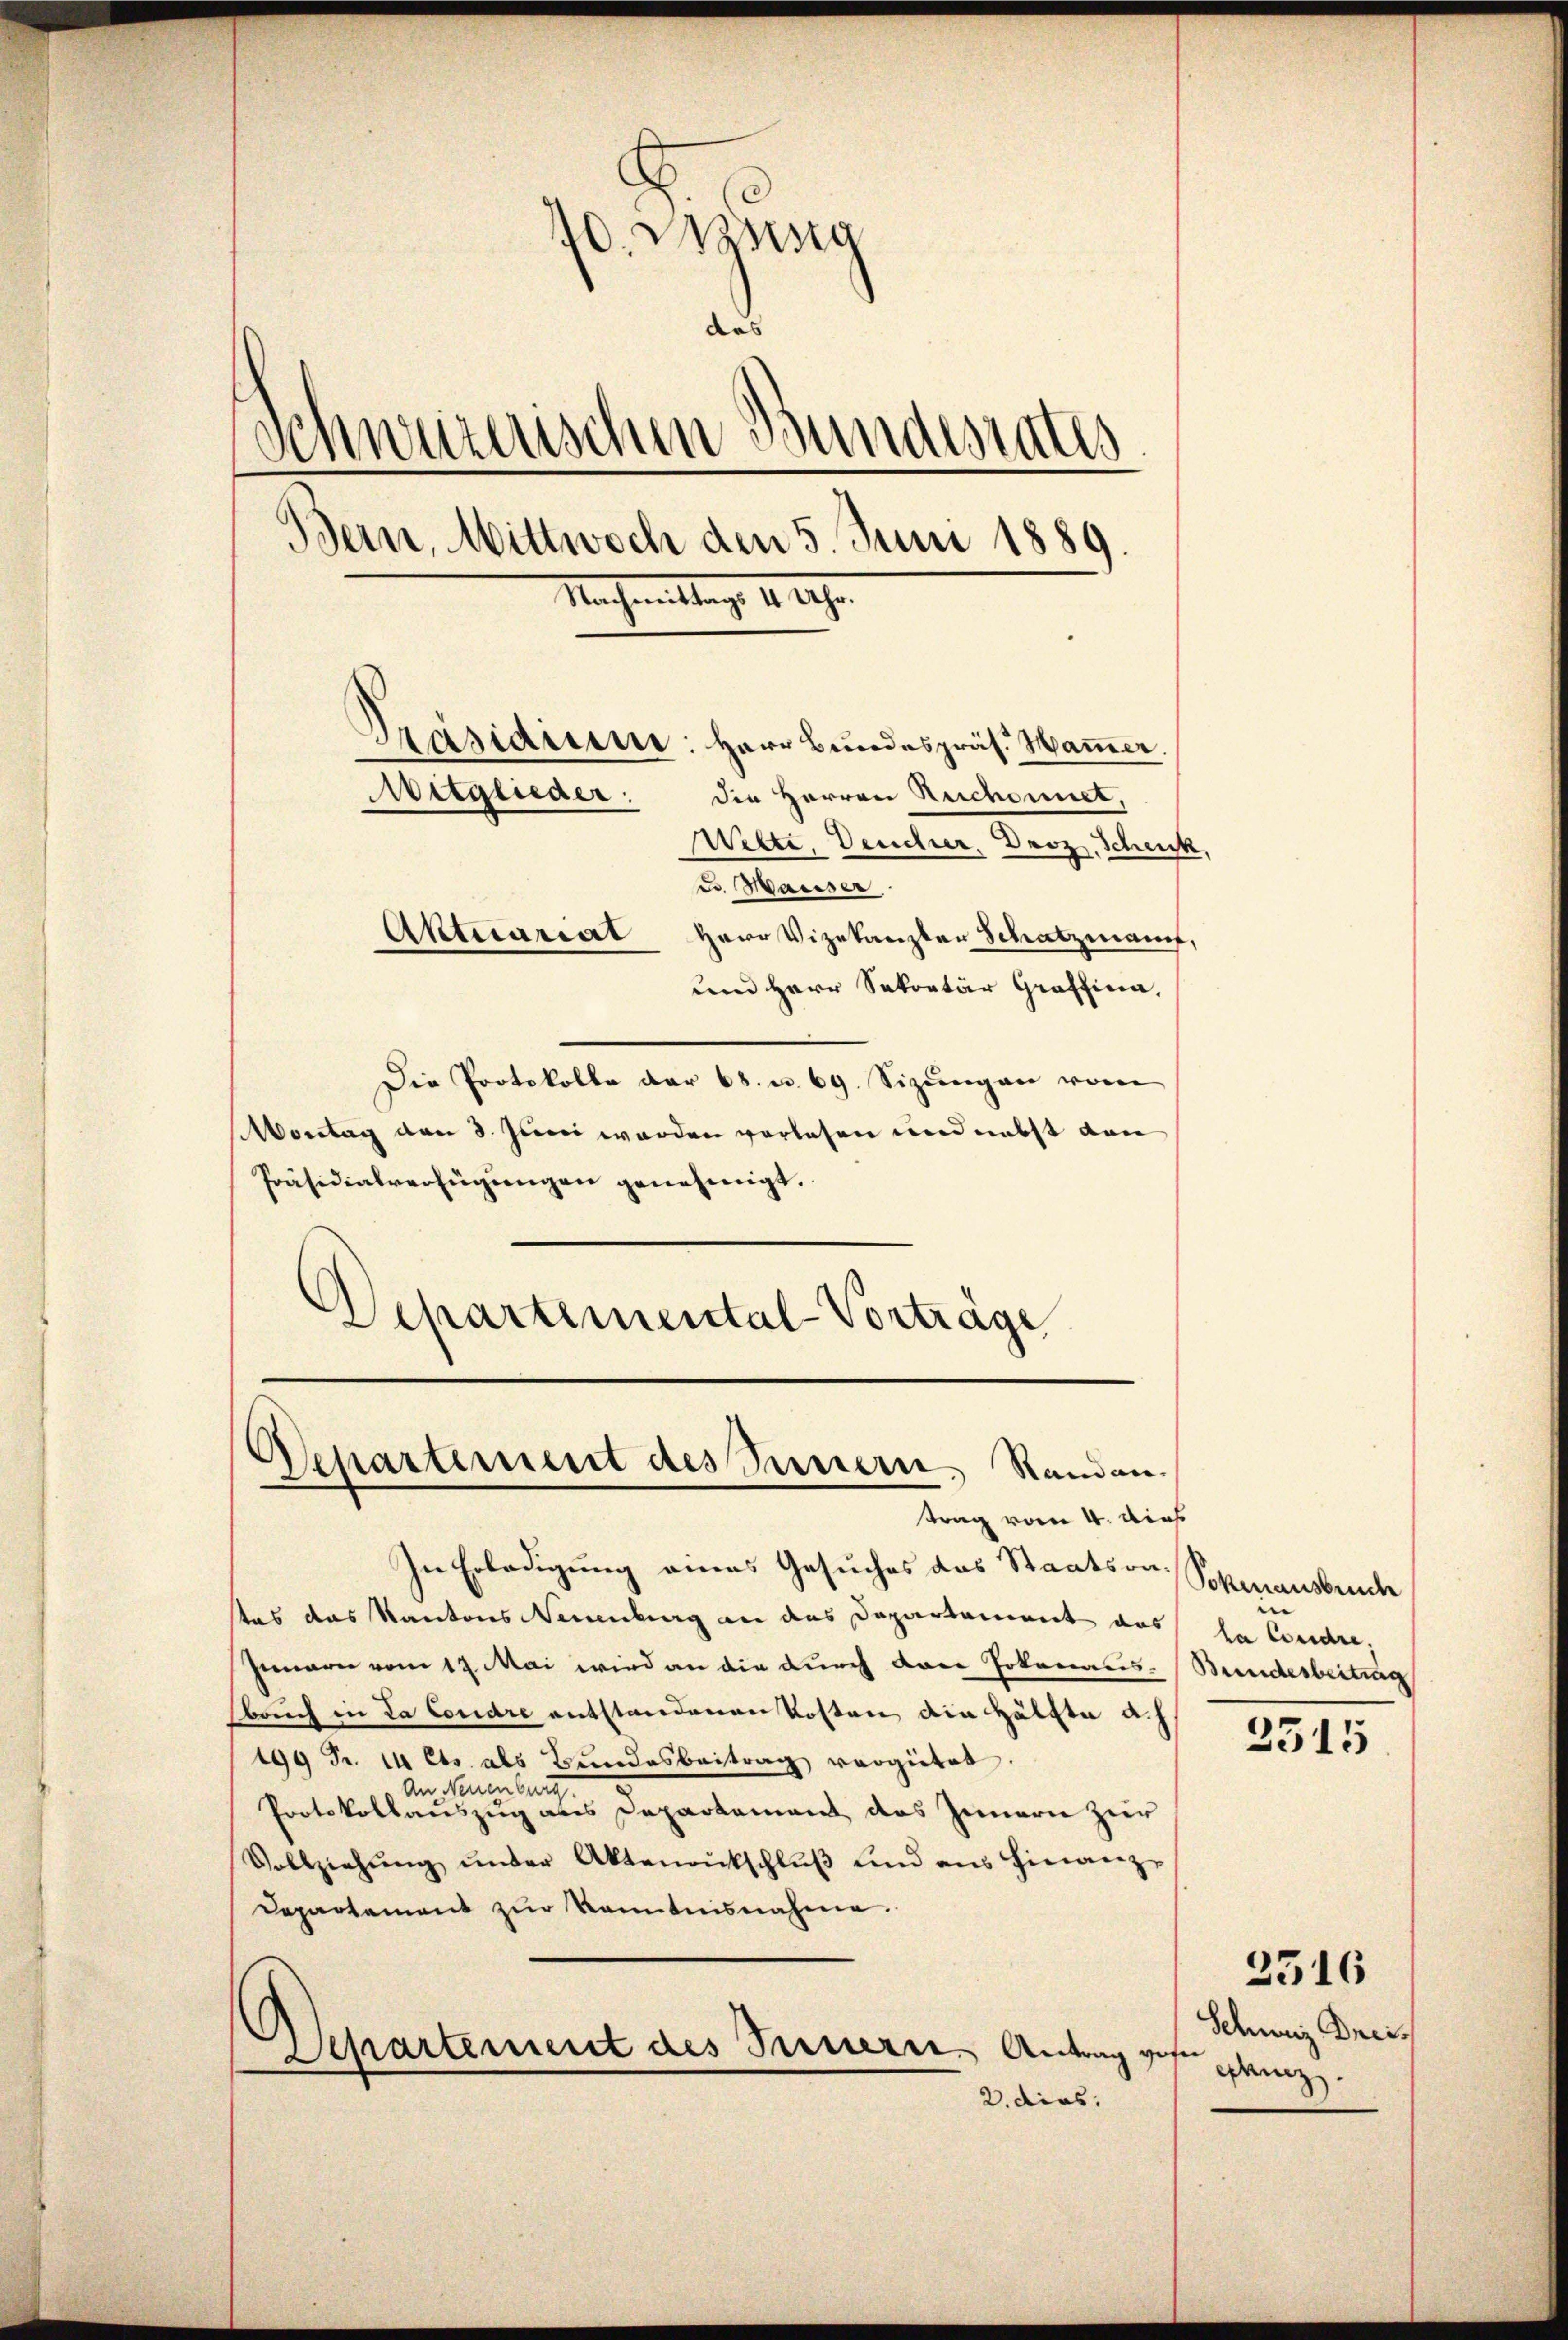
10. Masssta
das
.
Schwerenischen wundesrates
Bern, Mittwoch den 5. Juni 1889
Nachmittag 4 Uhr.
Präsidien: Herr Bŭndespräs. Waṁer.
Mitglieder:
der Herren Reichennet,
Witte, Deucher, Droz. Schenk,
Dr. Maisser
Aktuariat
Herr Vizekanzler Schatzmann.
und Herr Sekretär Graffina,

Die Protokolle der 68. u. 69. Sizŭngen vom
Montag von 3. Juni werden vorlesen und nebst dann
Präsidialverfügungen genehmigt.
Departemental-Vorträge

In Erledigung eines Gesuches das Staatsra¬
Aas das Kantons Neuenburg an das Departament das
Innern vom 17. Mai wird an die durch von Jokanaus.
bruch in da Condre entstandenen Kosten die Hälfte ach
199 Fr. 14 Cts. als Bundesbeitrag vergütet.
An Neuenburg.
Protokollauszug aus Departement das Innern zur
Vollziehŭng ŭnter Aktenantschlŭβ ŭnd ans hinanz-
Departement zŭr Kenntnisnahme.
Separtement des Feuerre. Antrag von
2. dies

Departement des Innern, Standen.
trag vom 4. dies

Sokiansbruche
|
la Condre,
Bundesbeitung
2315

Schweiz Dreis
enz.

2516